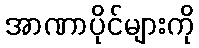
အာဏာပိုင်များကို